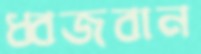
ধ্বজবান